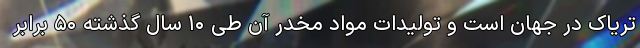
تریاک در جهان است و تولیدات مواد مخدر آن طی ۱۰ سال گذشته ۵۰ برابر